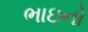
ભાઇનો